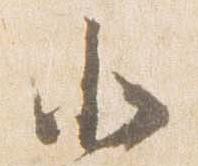
北